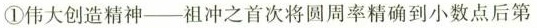
①伟大创造精神--祖冲之首次将圆周率精确到小数点后第